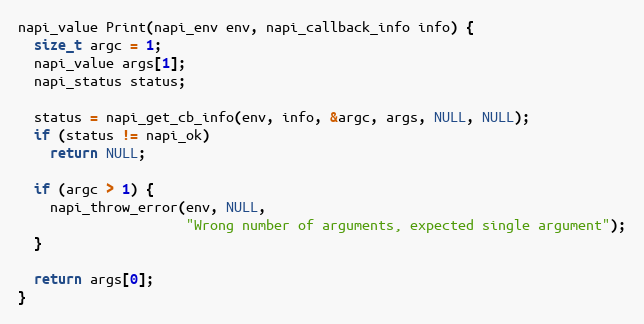
Language: C++
napi_value Print(napi_env env, napi_callback_info info) {
  size_t argc = 1;
  napi_value args[1];
  napi_status status;

  status = napi_get_cb_info(env, info, &argc, args, NULL, NULL);
  if (status != napi_ok)
    return NULL;

  if (argc > 1) {
    napi_throw_error(env, NULL,
                     "Wrong number of arguments, expected single argument");
  }

  return args[0];
}